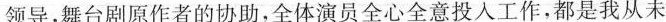
领导，舞台剧原作者的协助，全体演员全心全意投入工作，都是我从未